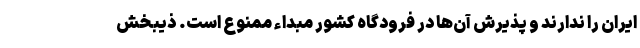
ایران را ندارند و پذیرش آن‌ها در فرودگاه کشور مبداء ممنوع است. ذیبخش